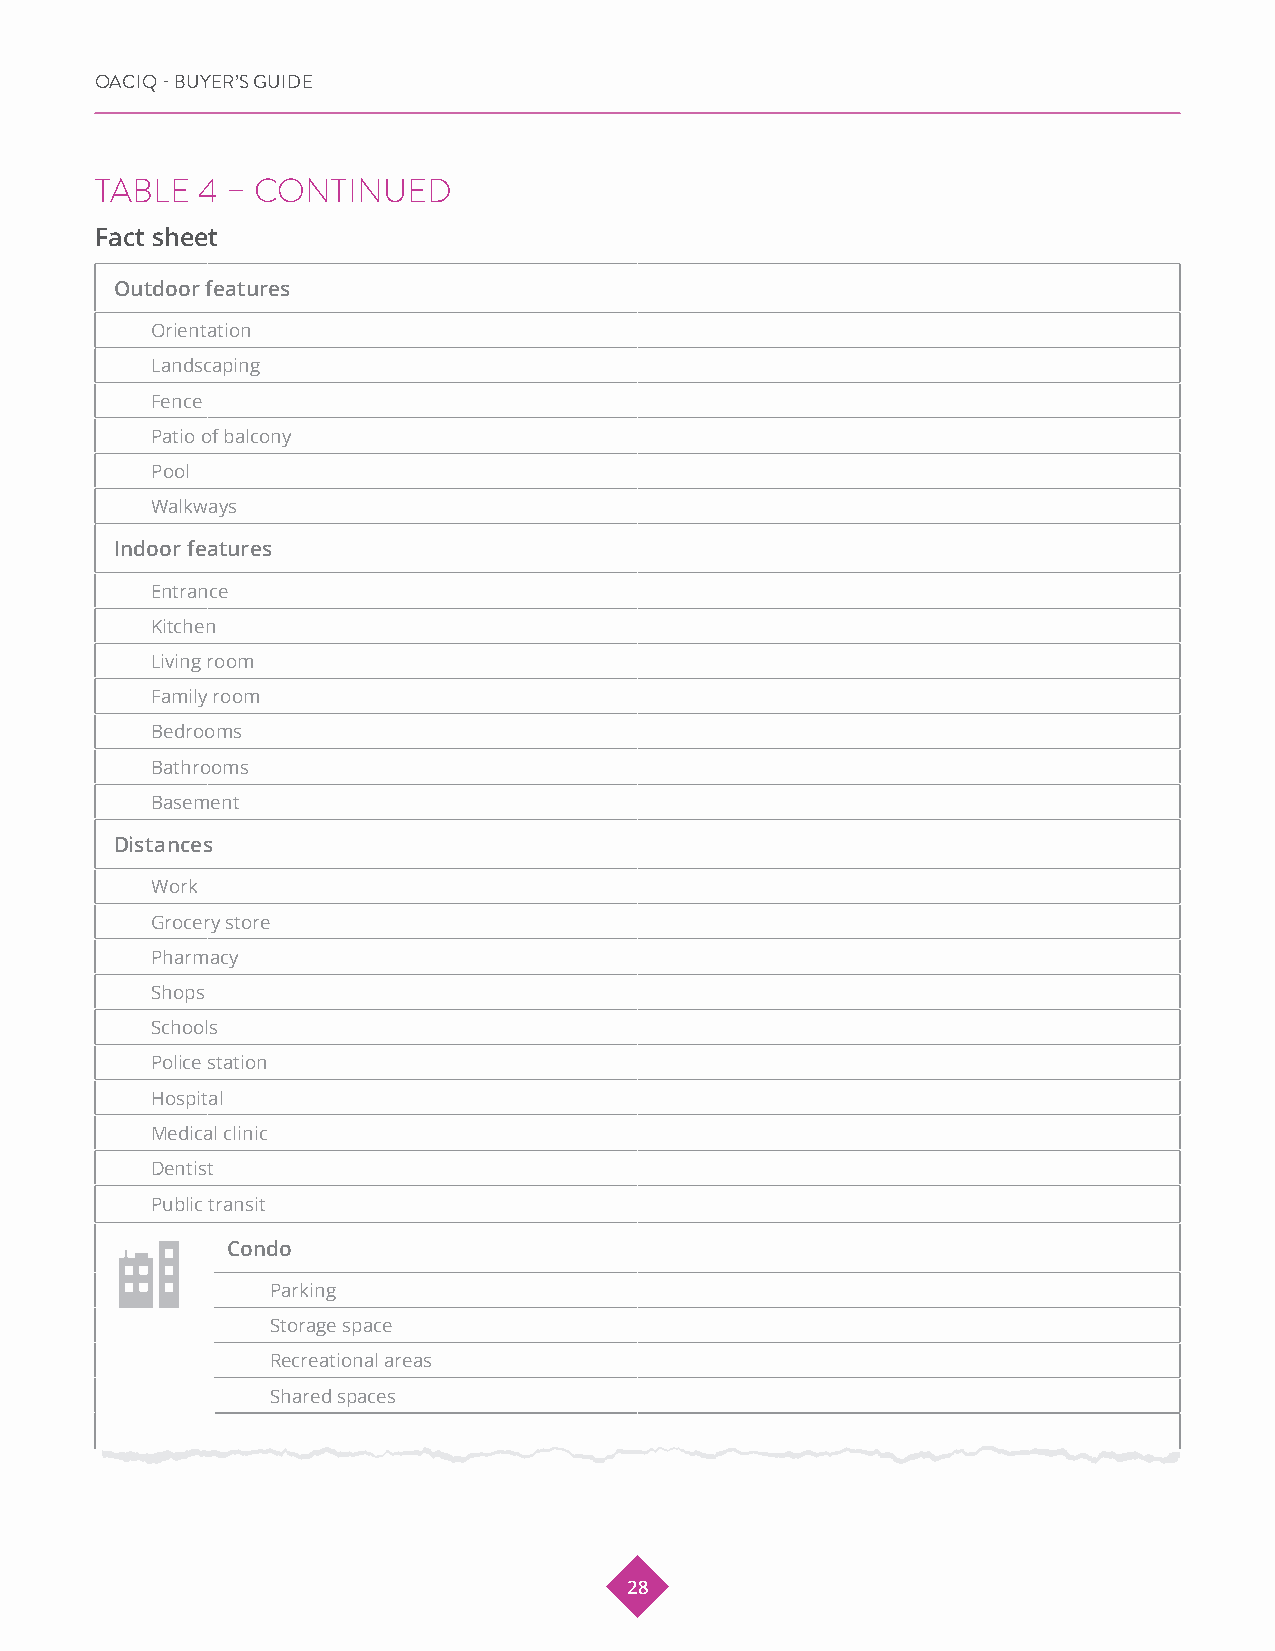
OACIQ - BUYER’S GUIDE
 TABLE  4 – CONTINUED
 Fact sheet
 Outdoor features
 Orientation
 Landscaping
 Fence
 Patio of balcony
 Pool
 Walkways
 Indoor features
 Entrance
 Kitchen
 Living room
 Family room
 Bedrooms
 Bathrooms
 Basement
 Distances
 Work
 Grocery store
 Pharmacy
 Shops
 Schools
 Police station
 Hospital
 Medical clinic
 Dentist
 Public transit
 Condo
 Parking
 Storage space
 Recreational areas
 Shared spaces
 28